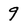
Character: 9